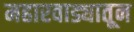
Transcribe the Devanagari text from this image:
महारवाड्यातून